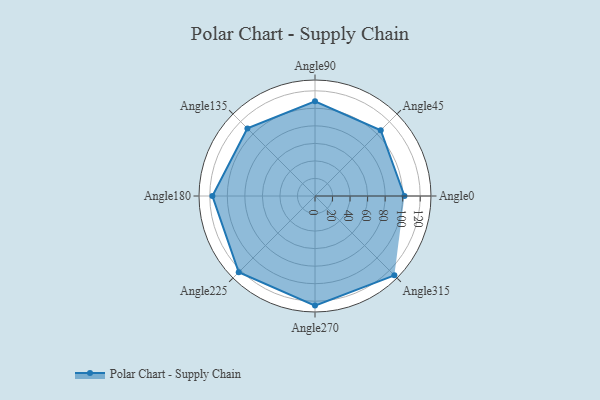
{"axis": {"x": "Angle", "y": "Radius"}, "legend": [""], "data": [{"x": "Angle0", "y": 102.0, "type": ""}, {"x": "Angle45", "y": 106.0, "type": ""}, {"x": "Angle90", "y": 108.0, "type": ""}, {"x": "Angle135", "y": 109.0, "type": ""}, {"x": "Angle180", "y": 117.0, "type": ""}, {"x": "Angle225", "y": 123.0, "type": ""}, {"x": "Angle270", "y": 125.0, "type": ""}, {"x": "Angle315", "y": 128.0, "type": ""}]}